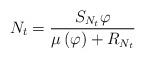
LaTeX: \begin{align*}N_{t}=\frac{S_{N_{t}}\varphi}{\mu\left(\varphi\right)+R_{N_{t}}}\end{align*}